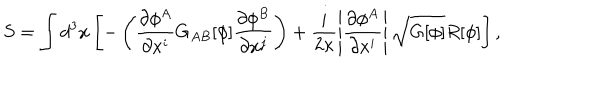
LaTeX: S = \int d ^ { 3 } x \left[ - \left( \frac { \partial \phi ^ { A } } { \partial x ^ { i } } G _ { A B } [ \phi ] \frac { \partial \phi ^ { B } } { \partial x ^ { j } } \right) + \frac { i } { 2 \kappa } \left| \frac { \partial \phi ^ { A } } { \partial x ^ { i } } \right| \sqrt { G [ \phi ] } R [ \phi ] \right] ,